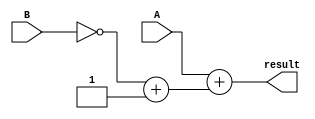
module subtractor (
    input wire [7:0] A,
    input wire [7:0] B,
    output reg [7:0] result
);

// Two's complement module
reg [7:0] twos_complement_B;
assign twos_complement_B = ~B + 1;

// Adder module
reg [8:0] sum;
assign sum = A + twos_complement_B;

// Output
assign result = sum[7:0];

endmodule